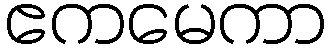
ဧကမေကာ